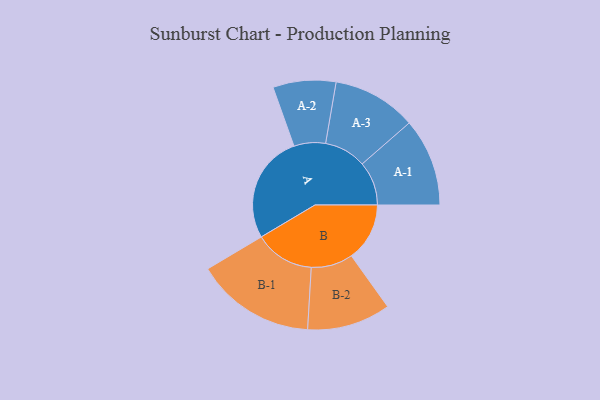
{"axis": {"x": "Segment", "y": "Value"}, "legend": ["", "A", "B"], "data": [{"x": "A", "y": 485, "type": ""}, {"x": "B", "y": 261, "type": ""}, {"x": "A-1", "y": 197, "type": "A"}, {"x": "A-2", "y": 141, "type": "A"}, {"x": "A-3", "y": 188, "type": "A"}, {"x": "B-1", "y": 268, "type": "B"}, {"x": "B-2", "y": 187, "type": "B"}]}